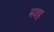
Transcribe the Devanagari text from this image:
भवह